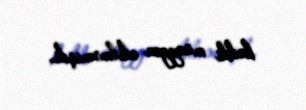
həddi müəyyən edilməmişdi.